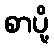
စာပို့